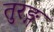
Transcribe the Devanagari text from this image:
तुरङ्ग